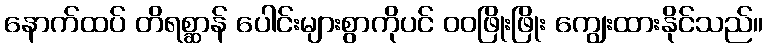
နောက်ထပ် တိရစ္ဆာန် ပေါင်းများစွာကိုပင် ဝဝဖြိုးဖြိုး ကျွေးထားနိုင်သည်။